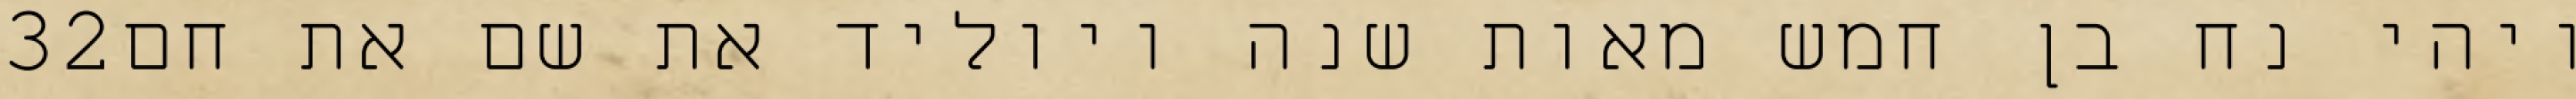
‎32‏ ויהי נח בן חמש מאות שנה ויוליד את שם את חם